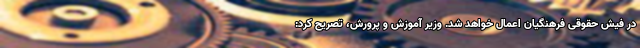
در فیش حقوقی فرهنگیان اعمال خواهد شد. وزیر آموزش و پرورش، تصریح کرد: